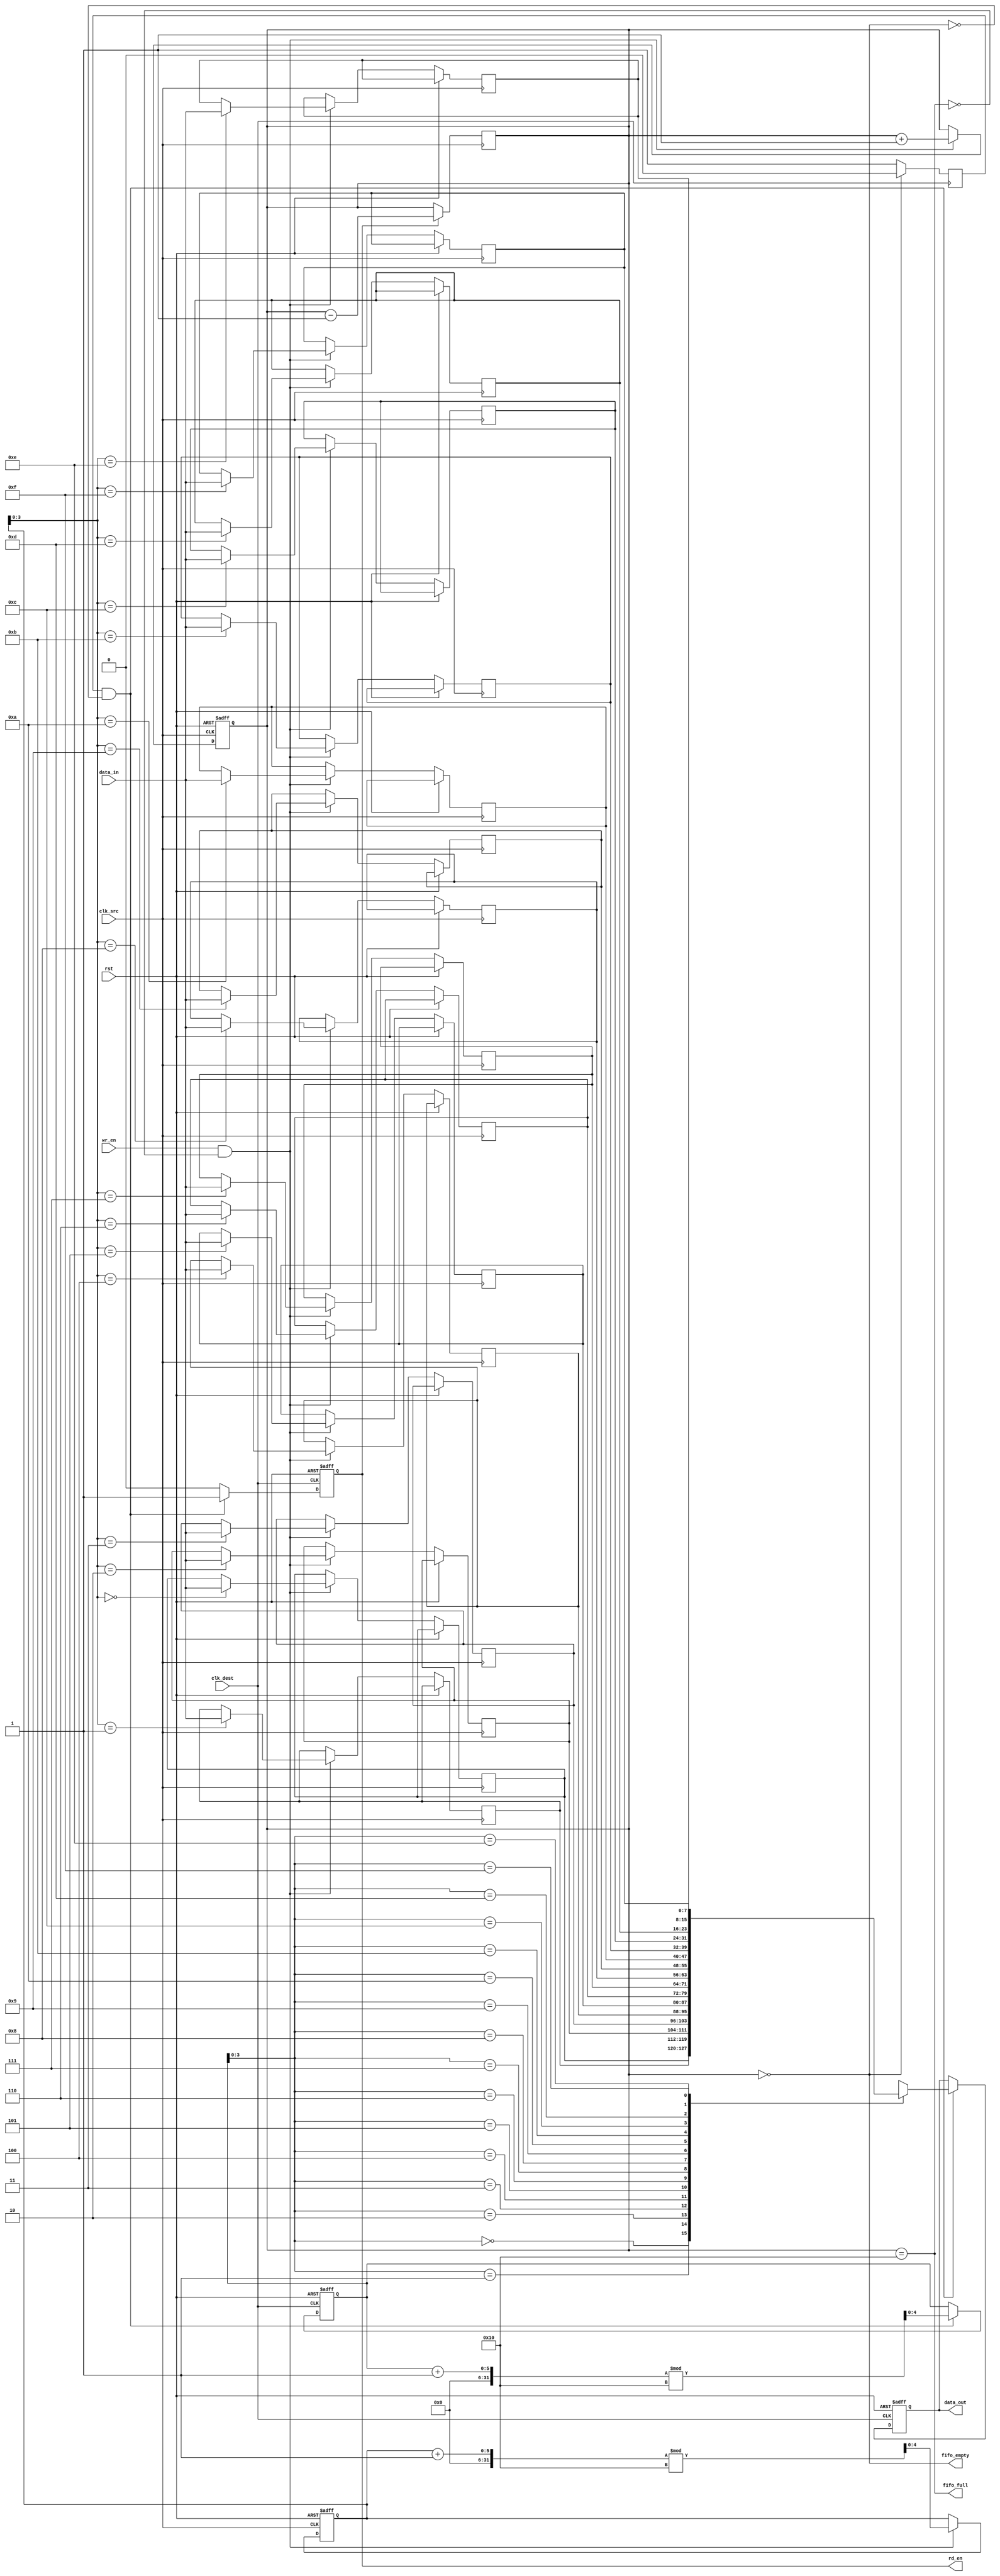
module burst_mode_synchronizer #(
    parameter DATA_WIDTH = 8,   // Width of the data bus
    parameter FIFO_DEPTH = 16    // Depth of the FIFO buffer
)(
    input wire clk_src,          // Source clock
    input wire clk_dest,         // Destination clock
    input wire rst,              // Asynchronous reset
    input wire wr_en,            // Write enable signal (source domain)
    input wire [DATA_WIDTH-1:0] data_in, // Data input (source domain)
    output reg rd_en,            // Read enable signal (destination domain)
    output reg [DATA_WIDTH-1:0] data_out, // Data output (destination domain)
    output wire fifo_full,       // FIFO full status
    output wire fifo_empty       // FIFO empty status
);

    // FIFO buffer
    reg [DATA_WIDTH-1:0] fifo_mem [0:FIFO_DEPTH-1];
    reg [4:0] wr_ptr = 0;       // Write pointer
    reg [4:0] rd_ptr = 0;       // Read pointer
    reg [4:0] fifo_count = 0;   // Count of stored data

    // Handshaking signals
    reg wr_en_sync;            // Synchronized write enable
    reg rd_en_sync;            // Synchronized read enable

    // Reset logic
    always @(posedge clk_src or posedge rst) begin
        if (rst) begin
            wr_ptr <= 0;
            fifo_count <= 0;
        end else if (wr_en && !fifo_full) begin
            fifo_mem[wr_ptr] <= data_in;
            wr_ptr <= (wr_ptr + 1) % FIFO_DEPTH;
            fifo_count <= fifo_count + 1;
        end
    end

    always @(posedge clk_dest or posedge rst) begin
        if (rst) begin
            rd_ptr <= 0;
            data_out <= 0;
            rd_en <= 0;
        end else if (rd_en_sync && !fifo_empty) begin
            data_out <= fifo_mem[rd_ptr];
            rd_ptr <= (rd_ptr + 1) % FIFO_DEPTH;
            rd_en <= 1;
        end else begin
            rd_en <= 0;
        end
    end

    // Synchronize the write enable signal
    always @(posedge clk_dest) begin
        wr_en_sync <= wr_en;
    end

    // FIFO status signals
    assign fifo_full = (fifo_count == FIFO_DEPTH);
    assign fifo_empty = (fifo_count == 0);

    // Synchronize read enable signal to the source clock domain
    always @(posedge clk_src) begin
        if (rd_en) begin
            fifo_count <= fifo_count - 1;
        end
    end

    // Simple flow control for read enable
    always @(posedge clk_dest) begin
        if (!fifo_empty)
            rd_en_sync <= 1;
        else
            rd_en_sync <= 0;
    end

endmodule